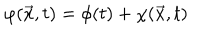
{ \varphi } ( \vec { x } , t ) = { \phi } ( t ) + { \chi } ( \vec { x } , t )